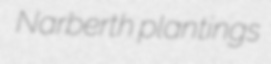
Narberth plantings